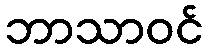
ဘာသာဝင်